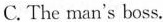
C. The man's boss.